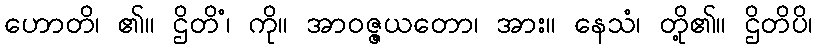
ဟောတိ၊ ၏။ ဌိတိံ၊ ကို။ အာဝဇ္ဇယတော၊ အား။ နေသံ၊ တို့၏။ ဌိတိပိ၊